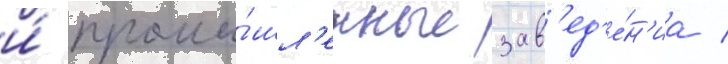
и́ промы́шл'енные зав'ед'е́н'иа /